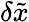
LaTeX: \delta\tilde{x}